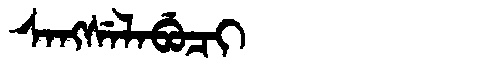
Manchu: ᠰᠠᠩᠰᡝᠯᠠᠪᡠᠴᡳ
Romanization: SANGSELABUCI